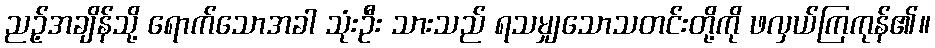
ညဉ့်အချိန်သို့ ရောက်သောအခါ သုံးဦး သားသည် ရသမျှသောသတင်းတို့ကို ဖလှယ်ကြကုန်၏။